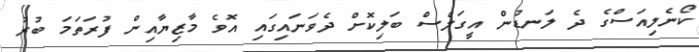
ކޯނެލިއަސްގެ ދެ ލަނޑުން އީގަލްސް ބަލިކޮށް ދެވަނައިގައި އޮވެ މާޒިޔާއިން ފުރަތަމަ ބުރު